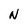
Character: N